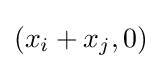
(x_{i}+x_{j},0)